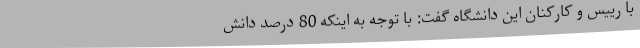
با رییس و کارکنان این دانشگاه گفت: با توجه به اینکه 80 درصد دانش